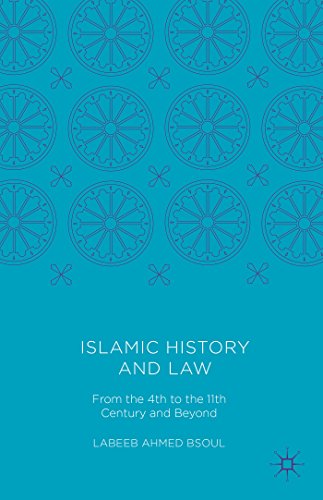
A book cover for Islamic History and Law: From the 4th to the 11th Century and Beyond; Labeeb Ahmed Bsoul; Religion & Spirituality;